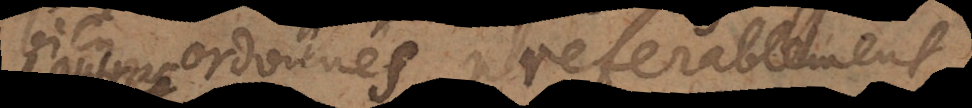
bien ordonnés preferablement